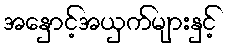
အနှောင့်အယှက်များနှင့်